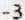
-3